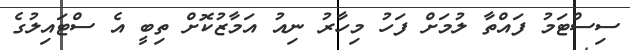
ސިސްޓަމު ފައްތާ ލުމަށް ފަހު މިހާރު ނިއު އަމާޒުކޮށް ތިބީ އެ ސްޓައިލުގެ